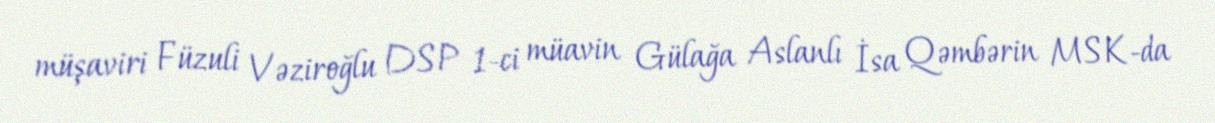
müşaviri Füzuli Vəziroğlu DSP 1-ci müavin Gülağa Aslanlı İsa Qəmbərin MSK-da